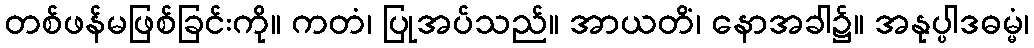
တစ်ဖန်မဖြစ်ခြင်းကို။ ကတံ၊ ပြုအပ်သည်။ အာယတိံ၊ နောအခါ၌။ အနုပ္ပါဒဓမ္မံ၊